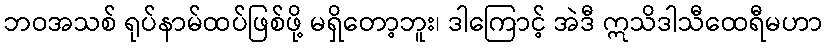
ဘဝအသစ် ရုပ်နာမ်ထပ်ဖြစ်ဖို့ မရှိတော့ဘူး၊ ဒါကြောင့် အဲဒီ ဣသိဒါသီထေရီမဟာ